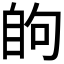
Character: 𮍘